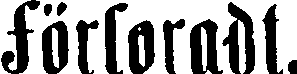
förloradt.